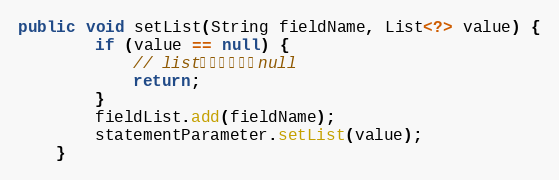
Language: Java
public void setList(String fieldName, List<?> value) {
		if (value == null) {
			// list默认允许传入null
			return;
		}
		fieldList.add(fieldName);
		statementParameter.setList(value);
	}